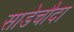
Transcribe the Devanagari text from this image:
साडेचौदा